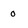
Character: 0